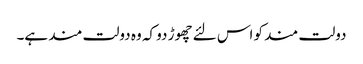
دولت مند کو اس لئے چھوڑ دو کہ وہ دولت مند ہے۔